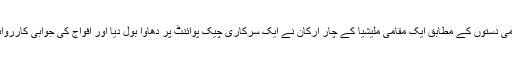
اقوام متحدہ کی حمايت يافتہ ’گورمنٹ آپ نيشنل اکارڈ‘ کے حامی دستوں کے مطابق ايک مقامی مليشيا کے چار ارکان نے ايک سرکاری چيک پوائنٹ پر دھاوا بول ديا اور افواج کی جوابی کارروائی ميں مليشيا کا ايک رکن ہلاک اور تين ديگر زخمی ہو گئے۔